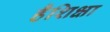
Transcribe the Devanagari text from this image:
हैशिक्षा